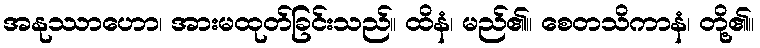
အနုဿာဟော၊ အားမထုတ်ခြင်းသည်။ ထိနံ၊ မည်၏။ စေတသိကာနံ၊ တို့၏။